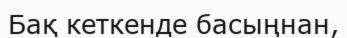
Бақ кеткенде басыңнан,